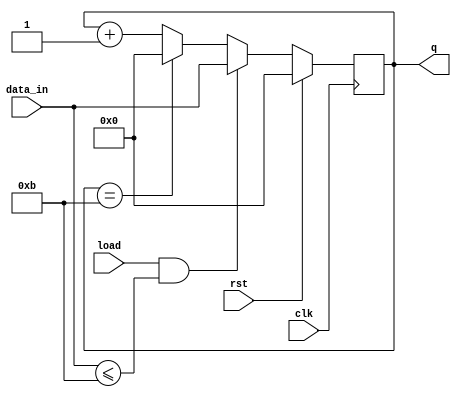
`timescale 1ns / 1ps
//4-bit MOD12 loadable binary up counter
module
mod12upcount(data_in,clk,rst,load,q);
input [3:0]data_in;
input clk,rst,load;
output reg [3:0]q;
always@(posedge clk)
begin
if(rst)
q<=4'b0000;
else if(load&&(data_in<=4'b1011))
q<=data_in;
else if(q==4'b1011)
q<=4'b0000;
else
q<=q+4'b0001; end
endmodule